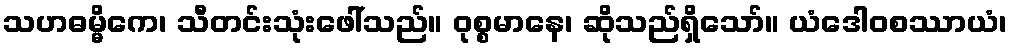
သဟဓမ္မိကေ၊ သီတင်းသုံးဖေါ်သည်။ ဝုစ္စမာနေ၊ ဆိုသည်ရှိသော်။ ယံဒေါဝစဿာယံ၊